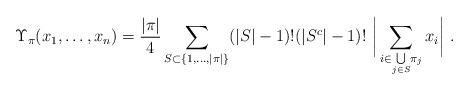
LaTeX: \begin{align*} \Upsilon_\pi(x_1,\dots, x_n) = \frac{|\pi|}{4} \sum_{\begin{subarray}{c} S \subset \{1,\dots,|\pi|\} \end{subarray}} (|S|-1)! (|S^c|-1)!\ \bigg| \sum_{ i \in \underset{j\in S}{\bigcup}\pi_j} x_i \bigg| \ . \end{align*}